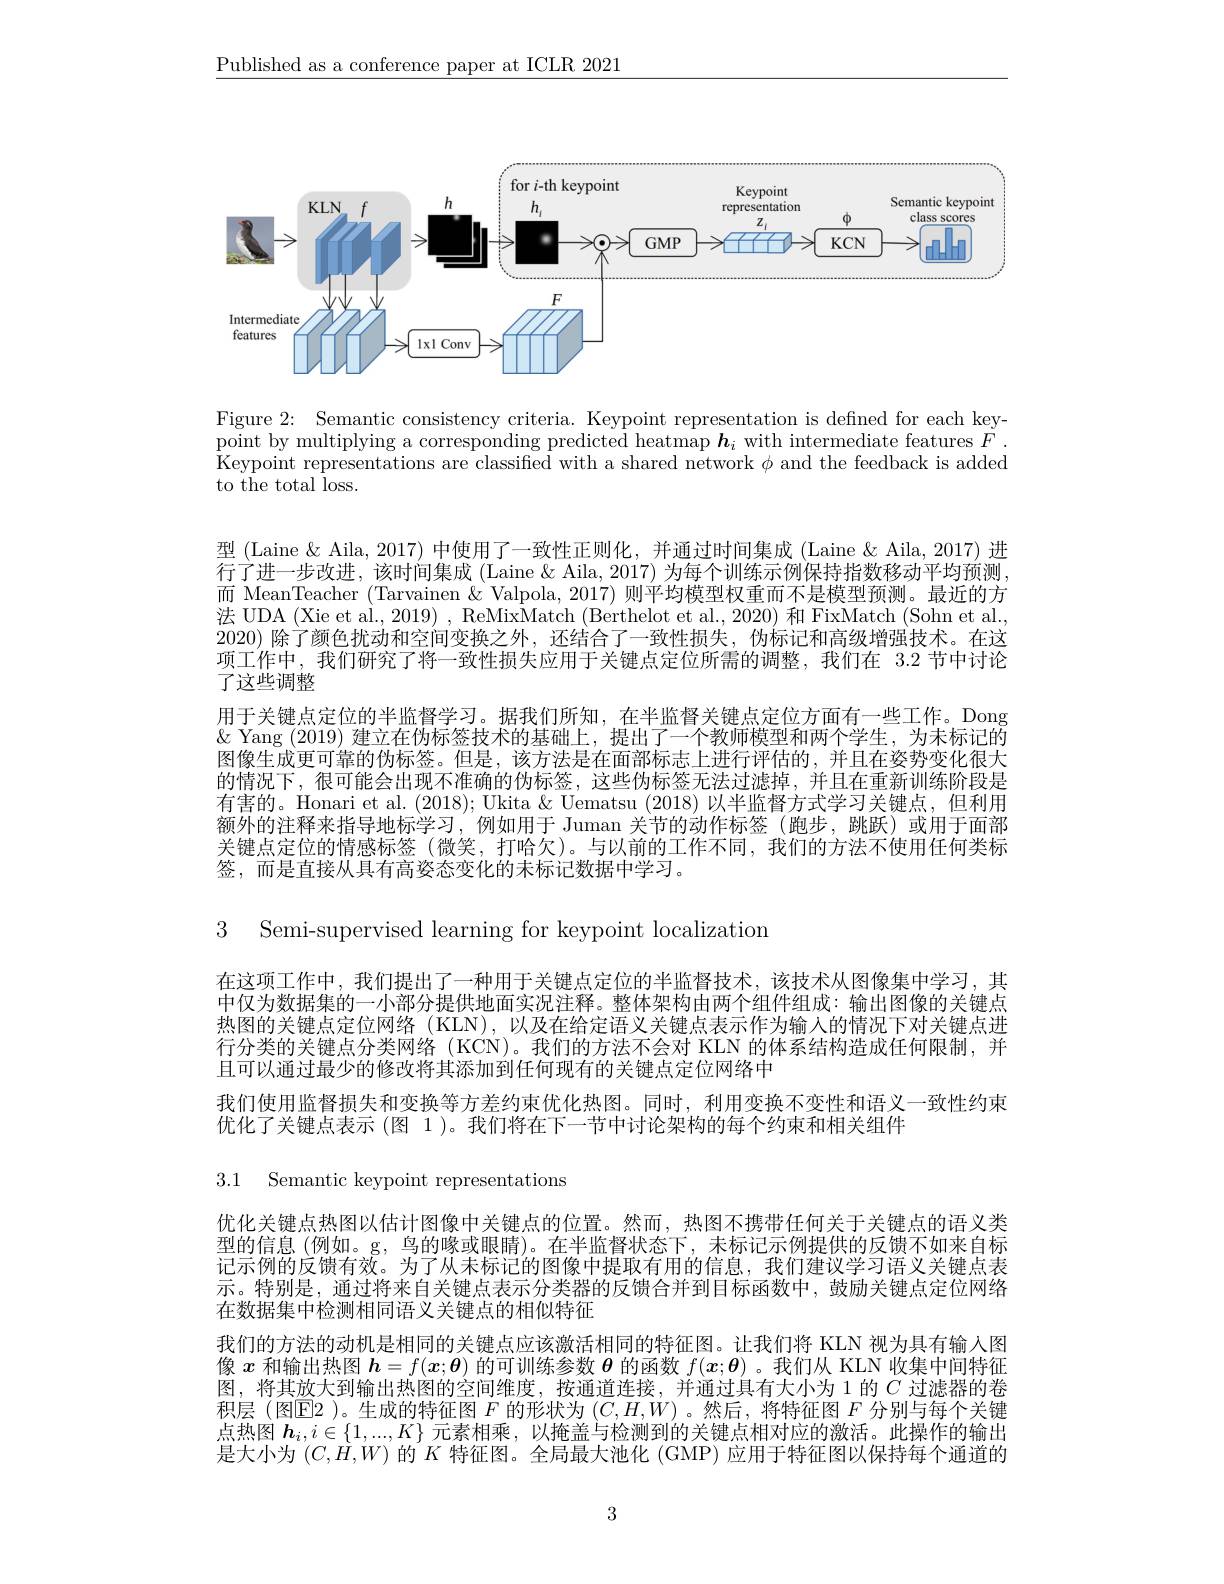
$\underline{\text{Published as a conference paper at ICLR 2021}}$

<FigureHere>

Figure 2: Semantic consistency criteria. Keypoint representation is defined for each keypoint by multiplying a corresponding predicted heatmap $\boldsymbol{h}_i$ with intermediate features $F$ Keypoint representations are classified with a shared network $\phi$ and the feedback is added to the total loss.

型 (Laine & Aila, 2017) 中使用了一致性正则化，并通过时间集成 (Laine & Aila, 2017) 进行了进一步改进，该时间集成 (Laine & Aila, 2017) 为每个训练示例保持指数移动平均预测而 MeanTeacher (Tarvainen & Valpola, 2017) 则平均模型权重而不是模型预测。最近的方法 UDA (Xie et al., 2019) , ReMixMatch (Berthelot et al., 2020) 和 FixMatch (Sohn et al. 2020)除了颜色扰动和空间变换之外，还结合了一致性损失，伪标记和高级增强技术。在这项工作中，我们研究了将一致性损失应用于关键点定位所需的调整，我们在 3.2 节中讨论了这些调整
用于关键点定位的半监督学习。据我们所知，在半监督关键点定位方面有一些工作。Dong $\&$ Yang (2019)建立在伪标签技术的基础上，提出了一个教师模型和两个学生，为未标记的图像生成更可靠的伪标签。但是，该方法是在面部标志上进行评估的，并且在姿势变化很大的情况下，很可能会出现不准确的伪标签，这些伪标签无法过滤掉，并且在重新训练阶段是有害的。Honari et al. (2018); Ukita & Uematsu (2018) 以半监督方式学习关键点，但利用额外的注释来指导地标学习，例如用于 Juman 关节的动作标签(跑步，跳跃)或用于面部关键点定位的情感标签 (微笑，打哈欠)。与以前的工作不同，我们的方法不使用任何类标签，而是直接从具有高姿态变化的未标记数据中学习。

3 Semi-supervised learning for keypoint localization

在这项工作中，我们提出了一种用于关键点定位的半监督技术，该技术从图像集中学习，其中仅为数据集的一小部分提供地面实况注释。整体架构由两个组件组成：输出图像的关键点热图的关键点定位网络 (KLN),以及在给定语义关键点表示作为输人的情况下对关键点进行分类的关键点分类网络(KCN)。我们的方法不会对 KLN 的体系结构造成任何限制，并且可以通过最少的修改将其添加到任何现有的关键点定位网络中
我们使用监督损失和变换等方差约束优化热图。同时，利用变换不变性和语义一致性约束
优化了关键点表示 (图 1)。我们将在下一节中讨论架构的每个约束和相关组件

3.1 Semantic keypoint representations

优化关键点热图以估计图像中关键点的位置。然而，热图不携带任何关于关键点的语义类型的信息(例如。g,鸟的喙或眼睛)。在半监督状态下，未标记示例提供的反馈不如来自标记示例的反馈有效。为了从未标记的图像中提取有用的信息，我们建议学习语义关键点表示。特别是，通过将来自关键点表示分类器的反馈合并到目标函数中，鼓励关键点定位网络在数据集中检测相同语义关键点的相似特征
我们的方法的动机是相同的关键点应该激活相同的特征图。让我们将 KLN 视为具有输入图像$x$和输出热图$\boldsymbol{h}=f(\boldsymbol{x};\boldsymbol{\theta})$的可训练参数$\boldsymbol{\theta}$的函数$f(\boldsymbol{x};\boldsymbol{\theta})$ 。我们从 KLN 收集中间特征图，将其放大到输出热图的空间维度，按通道连接，并通过具有大小为 1 的$C$过滤器的卷积层(图$\overline{\mathrm{E}}$2)。生成的特征图$F$的形状为$(C,H,W)$ 。然后，将特征图$F$分别与每个关键点热图$\boldsymbol{h}_i,i\in\{1,...,K\}$元素相乘，以掩盖与检测到的关键点相对应的激活。此操作的输出是大小为$(C,H,W)$的$K$特征图。全局最大池化 (GMP) 应用于特征图以保持每个通道的

3